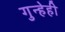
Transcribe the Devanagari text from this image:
गुन्हेही